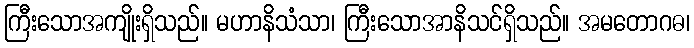
ကြီးသောအကျိုးရှိသည်။ မဟာနိသံသာ၊ ကြီးသောအာနိသင်ရှိသည်။ အမတောဂဓ၊